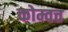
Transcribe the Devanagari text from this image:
कोम्वत्त